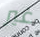
غير